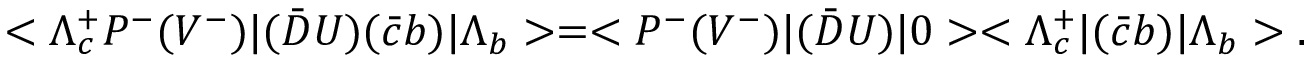
< \Lambda _ { c } ^ { + } P ^ { - } ( V ^ { - } ) | ( \bar { D } U ) ( \bar { c } b ) | \Lambda _ { b } > = < P ^ { - } ( V ^ { - } ) | ( \bar { D } U ) | 0 > < \Lambda _ { c } ^ { + } | ( \bar { c } b ) | \Lambda _ { b } > . \;